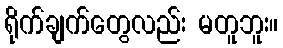
ရိုက်ချက်တွေလည်း မတူဘူး။